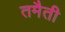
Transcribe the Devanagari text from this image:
तमैती